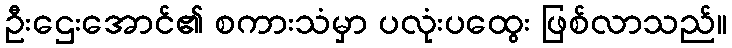
ဦးဌေးအောင်၏ စကားသံမှာ ပလုံးပထွေး ဖြစ်လာသည်။